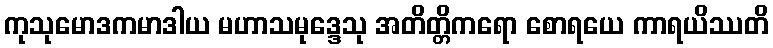
ကုသုမောဒကမာဒါယ မဟာသမုဒ္ဒေသု အတိတ္တိကရော စောရယေ ကာရယိဿတိ